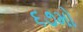
૬૭મો